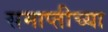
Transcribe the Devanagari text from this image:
समाप्‍तीच्या